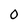
Character: 0